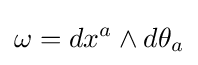
\omega =dx^{a}\wedge d\theta _{a}